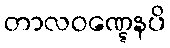
တာလဝဏ္ဋေနပိ